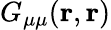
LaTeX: G_{\mu\mu}(\mathbf{r},\mathbf{r})